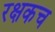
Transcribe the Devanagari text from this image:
रक्षकच